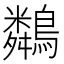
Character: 𪆞